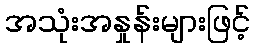
အသုံးအနှုန်းများဖြင့်